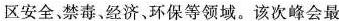
区安全、禁毒、经济、环保等领域。该次峰会最